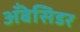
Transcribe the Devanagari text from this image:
अँबेसिडर